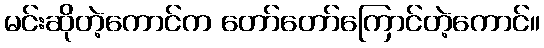
မင်းဆိုတဲ့ကောင်က တော်တော်ကြောင်တဲ့ကောင်။